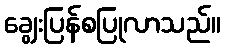
ချွေးပြန်စပြုလာသည်။